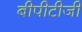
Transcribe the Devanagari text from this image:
बीपीटीजी